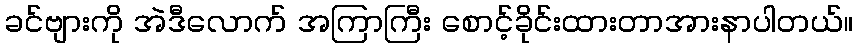
ခင်ဗျားကို အဲဒီလောက် အကြာကြီး စောင့်ခိုင်းထားတာအားနာပါတယ်။